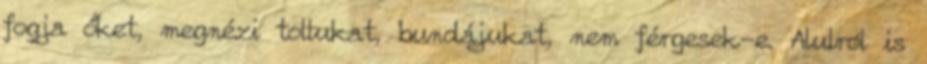
fogja őket, megnézi tollukat, bundájukat, nem férgesek-e. Alulról is